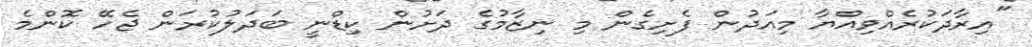
"އިރާދަކުރެއްވިއްޔާ މިއަދުން ފެށިގެން މި ނިޒާމުގެ ދަށުން ކިޑްނީ ބަދަލުކުރަން ޖެހޭ ކޮންމެ